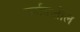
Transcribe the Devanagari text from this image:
वर्हाडातील